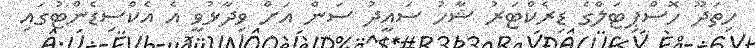
ހިތަދޫ ހޮސްޕިޓަލްގެ ޑިރެކްޓަރު ޝާހު ސައީދު ސަން އަށް ވިދާޅުވީ އެ އެކްސިޑެންޓުގައި